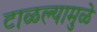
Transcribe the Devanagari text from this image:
टाळल्यामुळे